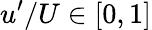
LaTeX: u^{\prime}/U\in[0,1]